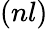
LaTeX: (nl)